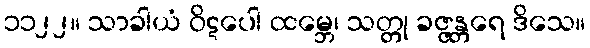
၁၁၂၂။ သာခါယံ ဝိဋပေါ ထမ္ဘေ၊ သတ္တု ခဇ္ဇန္တရေ ဒိသေ။